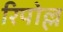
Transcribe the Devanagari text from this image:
रिपोल्ल